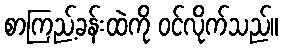
စာကြည့်ခန်းထဲကို ဝင်လိုက်သည်။